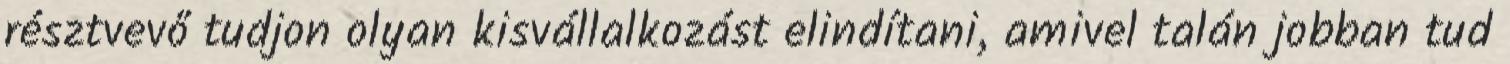
résztvevő tudjon olyan kisvállalkozást elindítani, amivel talán jobban tud